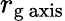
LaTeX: r_{\mathrm{g}{\mathrm{~axis}}}